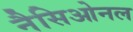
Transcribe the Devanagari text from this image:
नैसिओनल